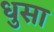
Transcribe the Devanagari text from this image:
धुसा